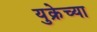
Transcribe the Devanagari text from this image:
युक्रेच्या